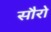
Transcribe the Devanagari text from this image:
सौरो